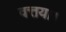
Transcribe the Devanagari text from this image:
वत्तया।